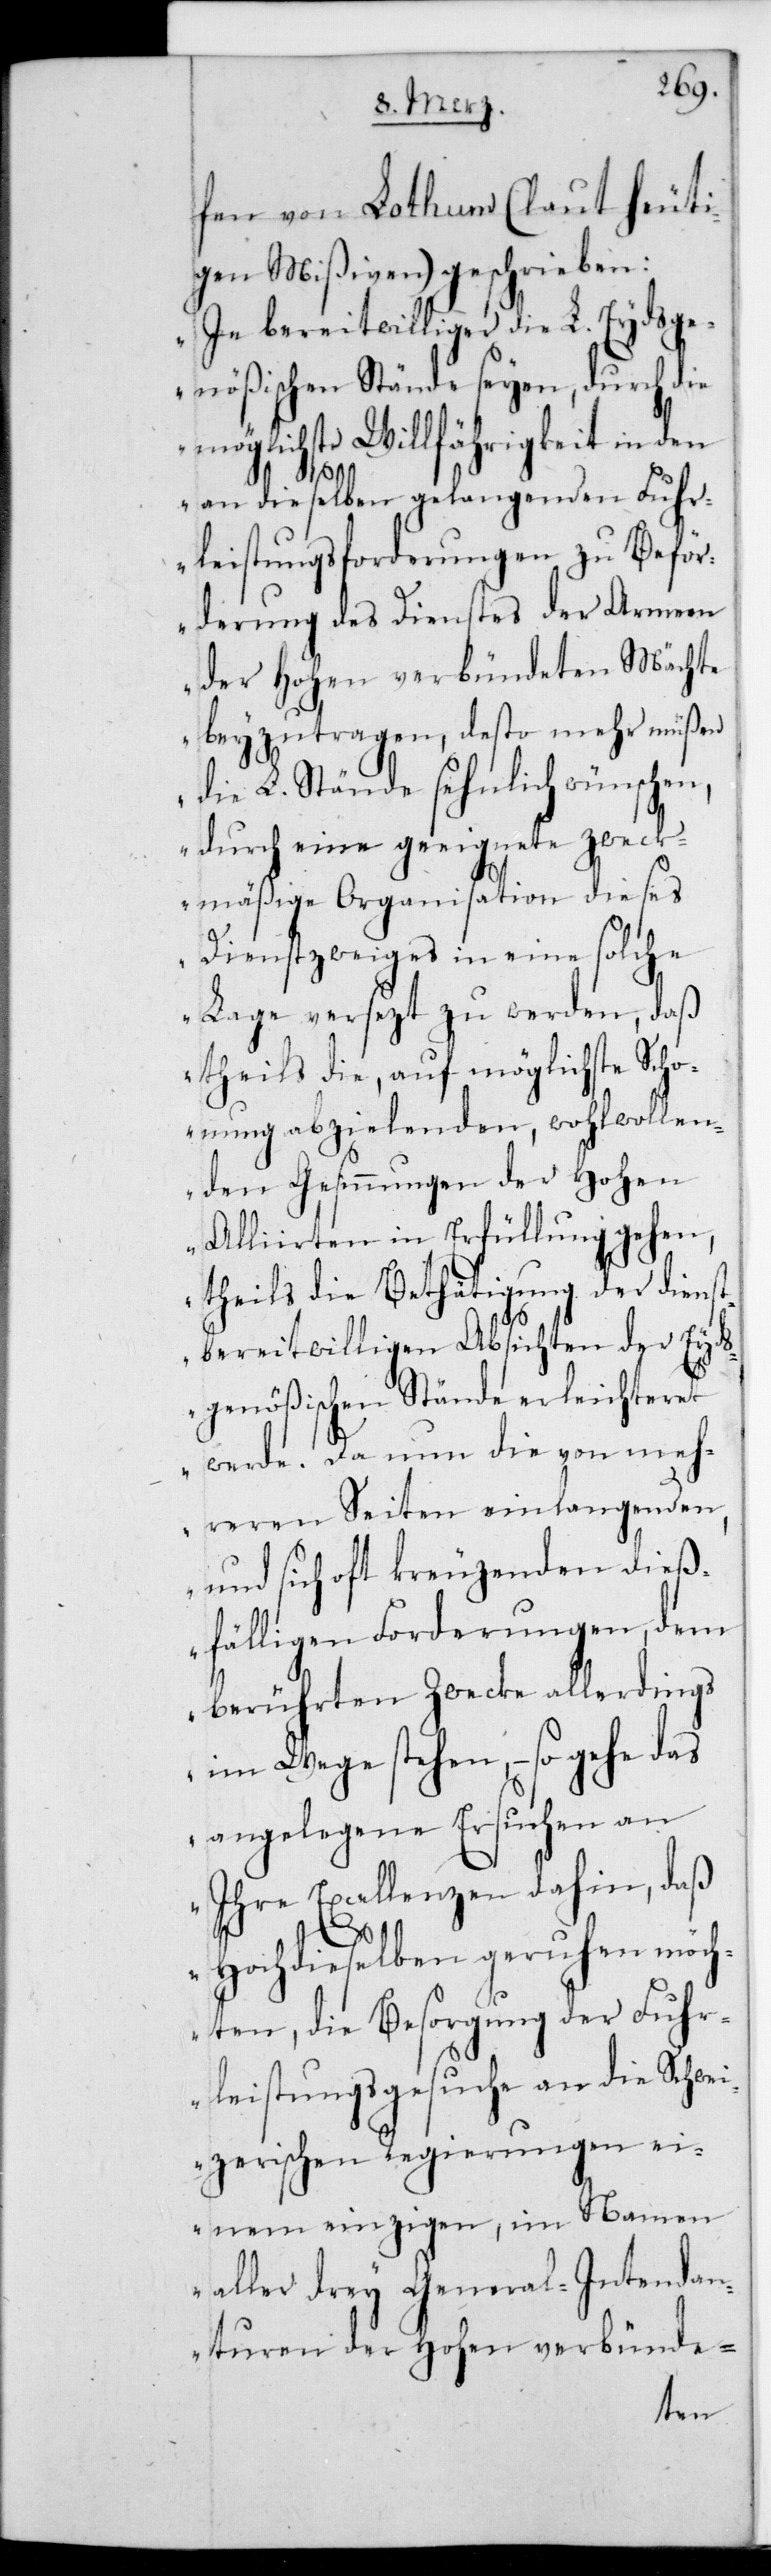
fen von Lothum (laut heuti¬
gen Mißiven) geschrieben:
„In bereitwilliger die L. Eydsge¬
nößischen Stände seyen durch die
möglichste Willfährigkeit in den
an dieselben gelangenden Fuhr¬
leistungsforderungen zu Beför¬
derung des Dienstes der Armeen
der Hohen verbündeten Mächte
beyzutragen, desto mehr müßen
die L. Stände sehnlich wünschen,
durch eine geeignete zweck¬
mäßige Organisation dieses
Dienstzweyges in eine solche
Lage versetzt zu werden, daß
theils die, auf möglichste Scho¬
nung abzielenden, wohlwollen¬
den Gesinnungen der Hohen
Alliierten in Erfüllung gehen,
theils die Betätigung der dienst¬
bereitwilligen Absichten der Eyds¬
genößischen Stände erleichteret
werde. Da nun die von meh¬
reren Seiten einlangenden,
und sich oft kreuzenden dieß¬
fälligen Forderungen dem
berührten Zwecke allerdings
im Wege stehen, – so gehe das
angelegene Ersuchen an
Ihre Excellenzen dahin, daß
Hochdieselben geruhen möc¬
hten, die Besorgung der Fuh¬
rleistungsgesuche an die Schwei¬
zerischen Regierungen ei¬
nem einzigen, im Namen
aller drey General-Intendan¬
turen der Hohen verbünde-